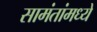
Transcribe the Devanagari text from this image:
सामंतांमध्ये